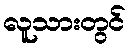
လူသားတွင်